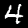
Digit: 4